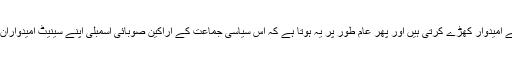
سیاسی جماعتیں اپنے امیدوار کھڑے کرتی ہیں اور پھر عام طور پر یہ ہوتا ہے کہ اس سیاسی جماعت کے اراکین صوبائی اسمبلی اپنے سینیٹ امیدواران کو ووٹ دیتے ہیں۔